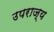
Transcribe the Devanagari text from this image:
उपराज्य